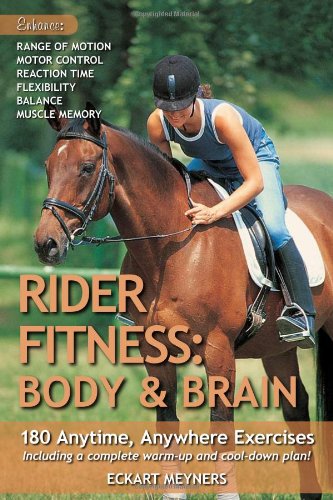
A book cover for Rider Fitness: Body and Brain: 180 Anytime, Anywhere Exercises to Enhance Range of Motion, Motor Control, Reaction Time, Flexibility, Balance and Muscle Memory; Eckart Meyners; Sports & Outdoors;